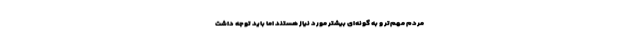
مردم مهم‌تر و به گونه‌ای بیشتر مورد نیاز هستند اما باید توجه داشت